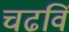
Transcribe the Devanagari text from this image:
चढविं